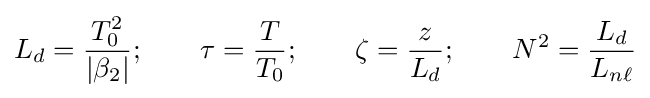
L_{d}={\frac {T_{0}^{2}}{|\beta _{2}|}};\qquad \tau ={\frac {T}{T_{0}}};\qquad \zeta ={\frac {z}{L_{d}}};\qquad N^{2}={\frac {L_{d}}{L_{n\ell }}}